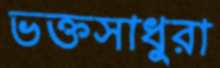
ভক্তসাধুরা